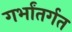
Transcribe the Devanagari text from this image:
गर्भांतर्गत